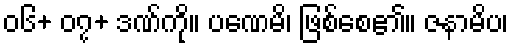
၀၆+ ၀၇+ ဒဏ်ကို။ ပဏေမိ၊ ဖြစ်စေ၏။ ဇနာမိပ၊